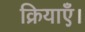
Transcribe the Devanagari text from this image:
क्रियाएँ।